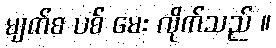
မျက်စ ပစ် မေး လိုက်သည် ။